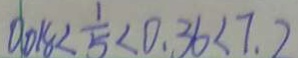
0 . 0 1 8 < \frac { 1 } { 5 } < 0 . 3 6 < 7 . 2